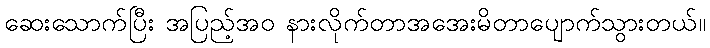
ဆေးသောက်ပြီး အပြည့်အဝ နားလိုက်တာအအေးမိတာပျောက်သွားတယ်။